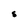
Character: s